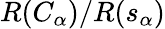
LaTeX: R(C_{\alpha})/R(s_{\alpha})